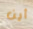
أين